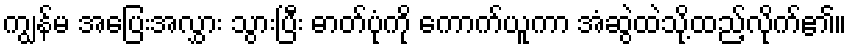
ကျွန်မ အပြေးအလွှား သွားပြီး ဓာတ်ပုံကို ကောက်ယူကာ အံဆွဲထဲသို့ထည့်လိုက်၏။